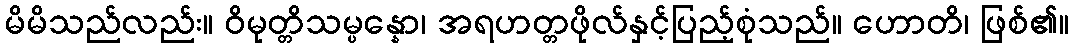
မိမိသည်လည်း။ ဝိမုတ္တိသမ္ပန္နော၊ အရဟတ္တဖိုလ်နှင့်ပြည့်စုံသည်။ ဟောတိ၊ ဖြစ်၏။